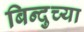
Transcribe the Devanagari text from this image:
बिन्दुच्या